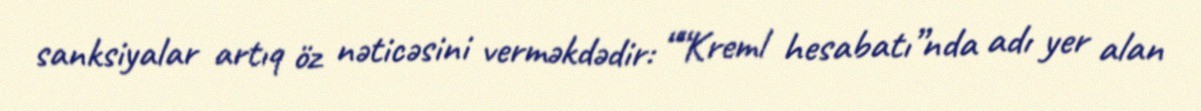
sanksiyalar artıq öz nəticəsini verməkdədir: ““Kreml hesabatı”nda adı yer alan